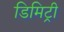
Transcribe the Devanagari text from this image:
डिमिट्री